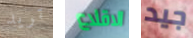
تريد الاقلاع جيد